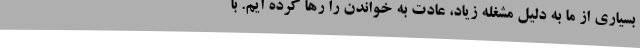
بسیاری از ما به دلیل مشغله زیاد، عادت به خواندن را رها کرده ایم. با